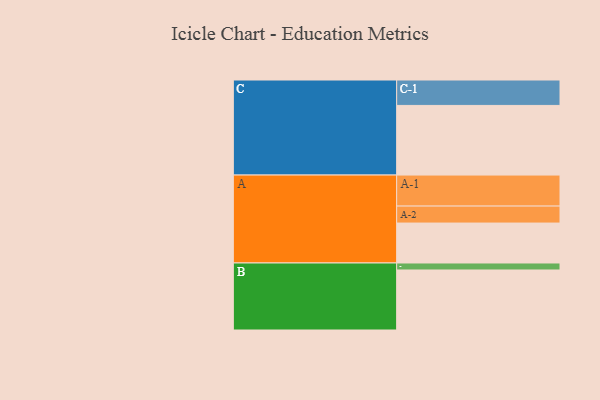
{"axis": {"x": "Segment", "y": "Value"}, "legend": ["", "A", "B", "C"], "data": [{"x": "A", "y": 336, "type": ""}, {"x": "B", "y": 505, "type": ""}, {"x": "C", "y": 586, "type": ""}, {"x": "A-1", "y": 261, "type": "A"}, {"x": "A-2", "y": 143, "type": "A"}, {"x": "B-1", "y": 59, "type": "B"}, {"x": "C-1", "y": 214, "type": "C"}]}